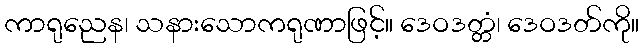
ကာရုညေန၊ သနားသောကရုဏာဖြင့်။ ဒေဝဒတ္တံ၊ ဒေဝဒတ်ကို။